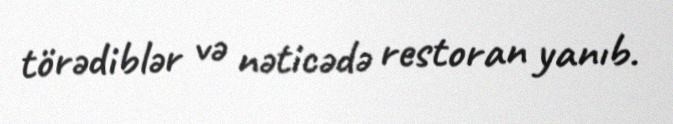
törədiblər və nəticədə restoran yanıb.